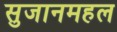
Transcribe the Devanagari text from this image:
सुजानमहल